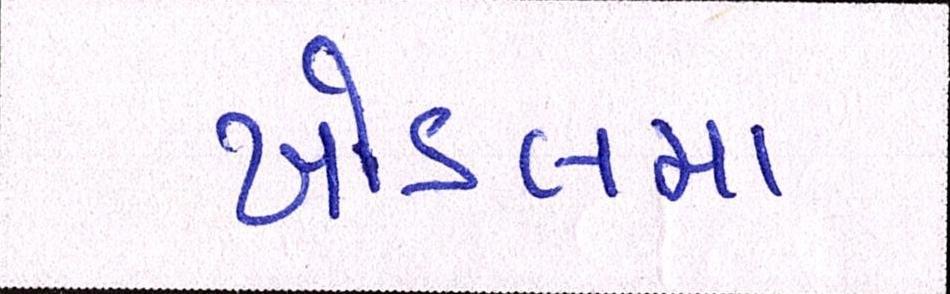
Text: ખોડલમા